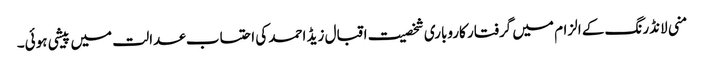
منی لانڈرنگ کے الزام میں گرفتار کاروباری شخصیت اقبال زیڈ احمد کی احتساب عدالت میں پیشی ہوئی۔